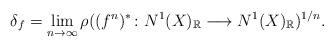
LaTeX: \begin{align*}\delta_{f}=\lim_{n\to \infty}\rho((f^{n})^{*} \colon N^{1}(X)_{ {\mathbb{R}}} \longrightarrow N^{1}(X)_{ {\mathbb{R}}})^{1/n}.\end{align*}